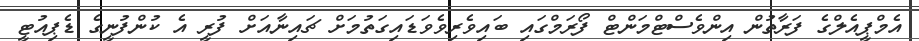
އެމްޕީއެލްގެ ފަރާތުން އިންވެސްޓްމަންޓް ފޯރަމްގައި ބައިވެރިވެވަޑައިގަތުމަށް ޗައިނާއަށް ފުރީ އެ ކުންފުނީގެ ޑެޕިއުޓީ